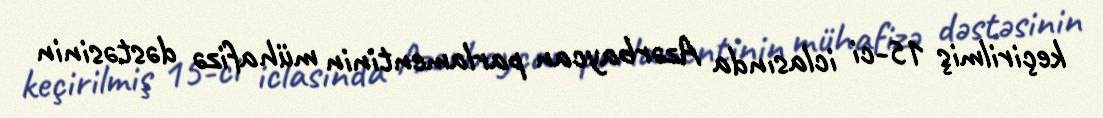
keçirilmiş 15-ci iclasında Azərbaycan parlamentinin mühafizə dəstəsinin